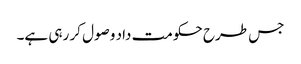
جس طرح حکومت داد وصول کر رہی ہے۔